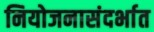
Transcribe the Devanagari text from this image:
नियोजनासंदर्भात